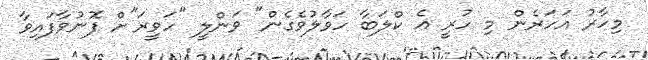
މިހާރު އަހަރެން މި ހުރީ އެ ކްލަބާ ހަވާލުވެގެން" ވަންލީ "ހަވީރަ"ށް ފޮނުވާފައިވާ